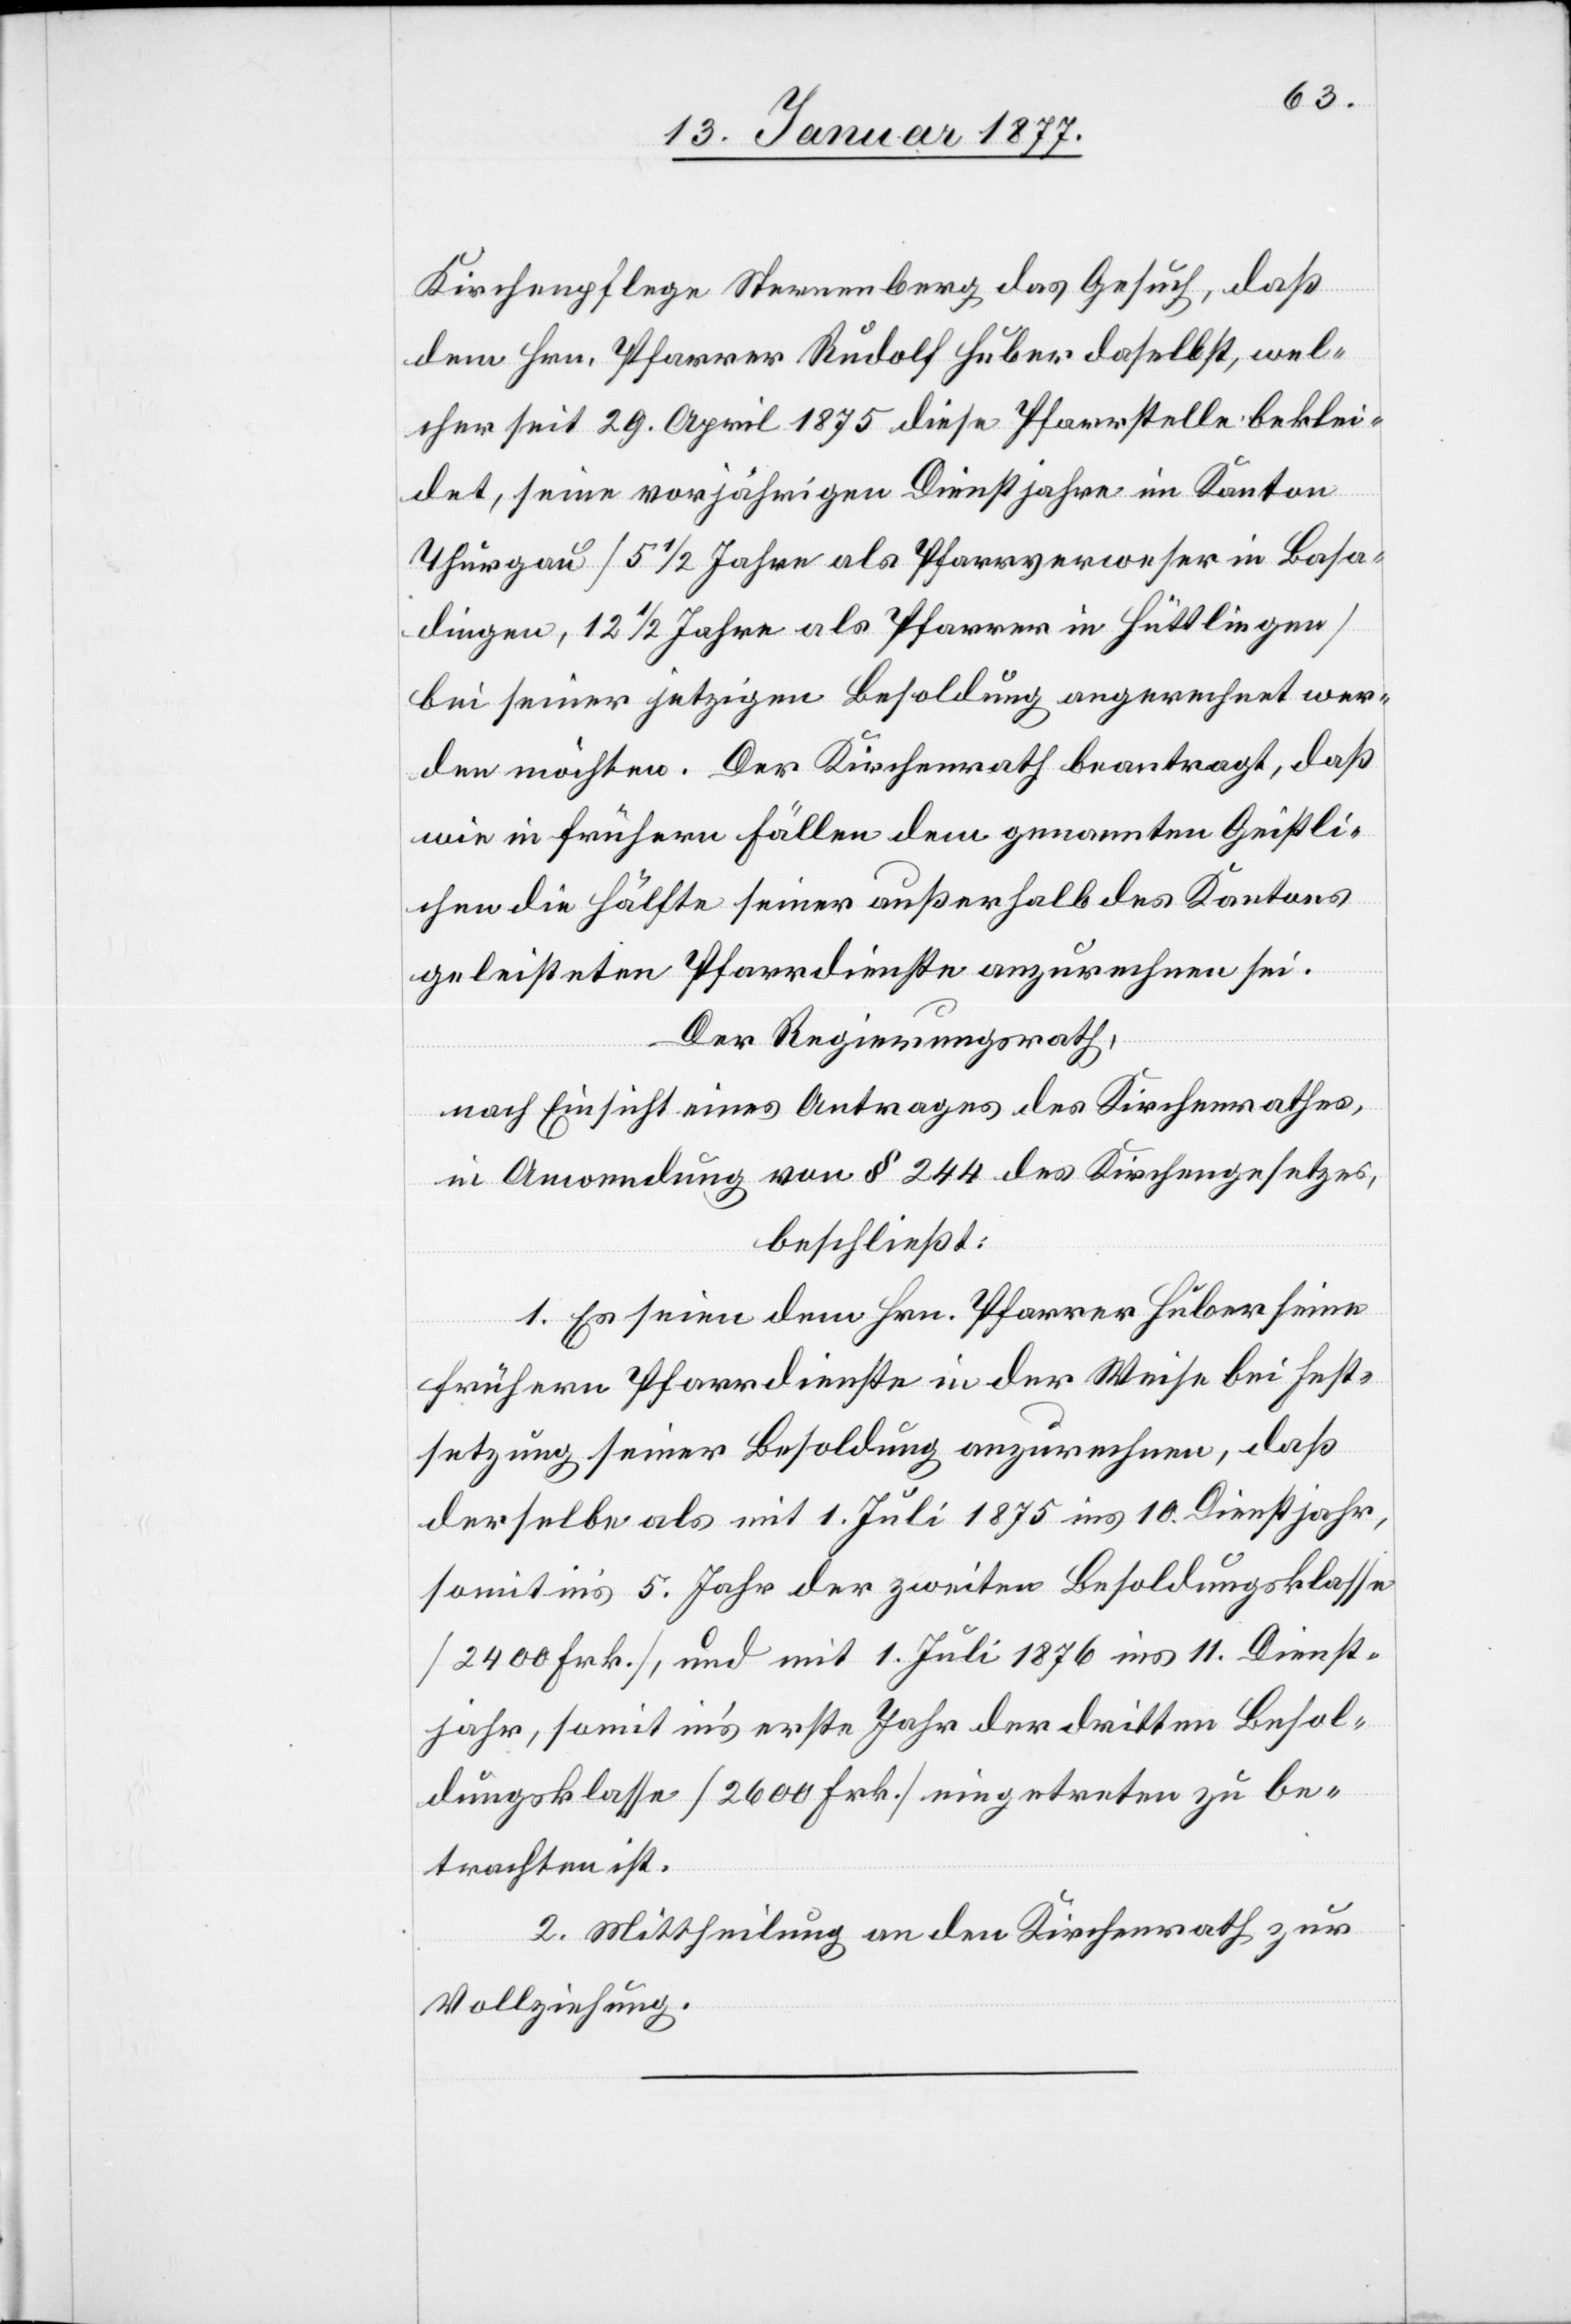
Kirchenpflege Sternenberg das Gesuch, daß
dem Hrn. Pfarrer Rudolf Huber daselbst, wel¬
cher seit 29. April 1875 diese Pfarrstelle beklei¬
det, seine vorjährigen Dienstjahre im Kanton
Thurgau [5 1/2 Jahre als Pfarrerverweser in Basa¬
dingen, 12 1/2 Jahre als Pfarrer in Hüttlingen]
bei seiner jetzigen Besoldung angerechnet wer¬
den möchten. Der Kirchenrath beantragt, daß
wie in frühern Fällen dem genannten Geistli¬
chen die Hälfte seiner außerhalb des Kantons
geleisteten Pfarrdienste anzurechnen sei.
Der Regierungsrath,
nach Einsicht eines Antrages des Kirchenrathes,
in Anwendung von § 244 des Kirchengesetzes,
beschließt:
1. Es seien dem Hrn. Pfarrer Huber seine
frühern Pfarrdienste in der Weise bei Fest¬
setzung seiner Besoldung anzurechnen, daß
derselbe als mit 1. Juli 1875 ins 10. Dienstjahr,
somit in’s 5. Jahr der zweiten Besoldungsklasse
[2400 Frk.], und mit 1. Juli 1876 ins 11. Dienst¬
jahr, somit in’s erste Jahr der dritten Besol¬
dungsklasse [2600 Frk.] eingetreten zu be¬
trachten ist.
2. Mittheilung an den Kirchenrath zur
Vollziehung.